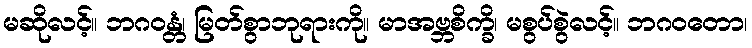
မဆိုလင့်။ ဘဂဝန္တံ၊ မြတ်စွာဘုရားကို။ မာအဗ္ဘစိက္ခိ၊ မစွပ်စွဲလင့်။ ဘဂဝတော၊